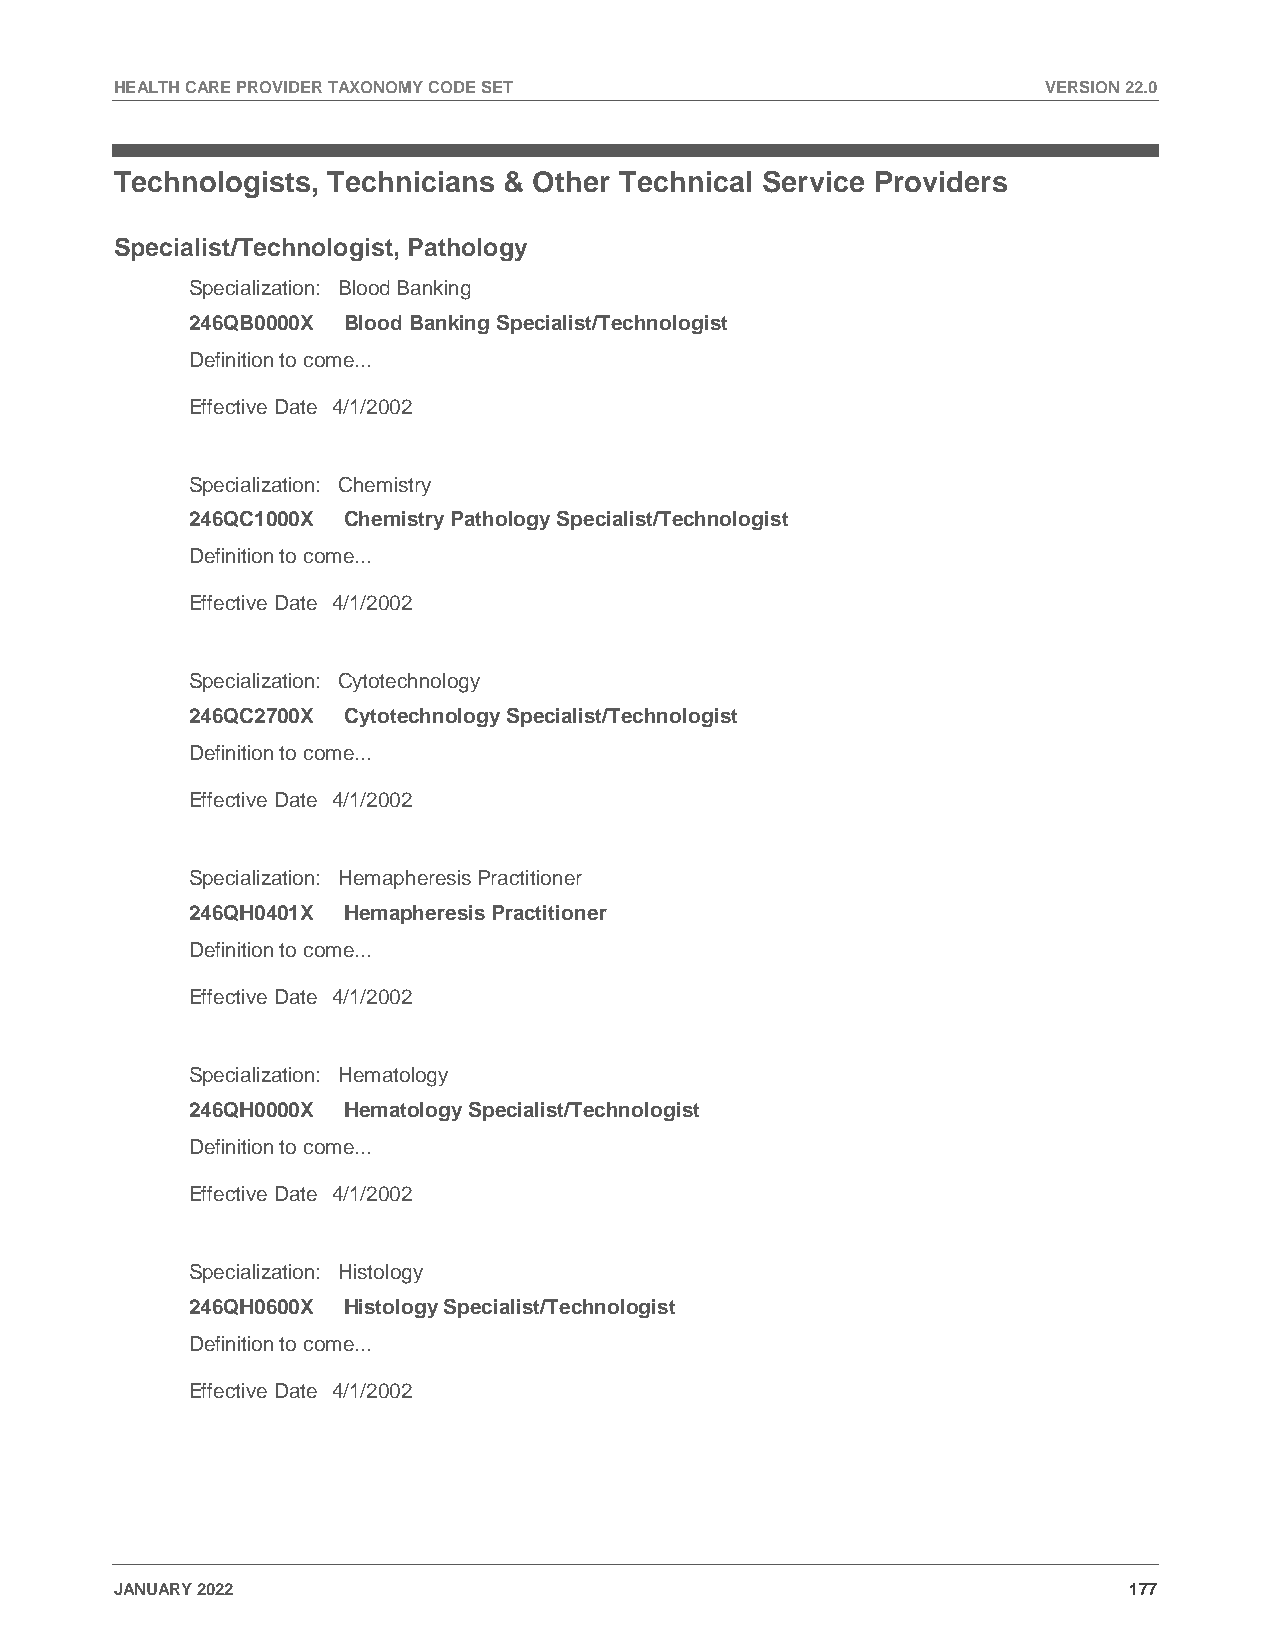
HEALTH CARE PROVIDER TAXONOMY CODE SET                       VERSION 22.0
 Technologists, Technicians & Other Technical Service Providers
 Specialist/Technologist, Pathology
 Specialization: Blood Banking
 246QB0000X Blood Banking Specialist/Technologist
 Definition to come...
 Effective Date 4/1/2002
 Specialization: Chemistry
 246QC1000X Chemistry Pathology Specialist/Technologist
 Definition to come...
 Effective Date 4/1/2002
 Specialization: Cytotechnology
 246QC2700X Cytotechnology Specialist/Technologist
 Definition to come...
 Effective Date 4/1/2002
 Specialization: Hemapheresis Practitioner
 246QH0401X Hemapheresis Practitioner
 Definition to come...
 Effective Date 4/1/2002
 Specialization: Hematology
 246QH0000X Hematology Specialist/Technologist
 Definition to come...
 Effective Date 4/1/2002
 Specialization: Histology
 246QH0600X Histology Specialist/Technologist
 Definition to come...
 Effective Date 4/1/2002
 JANUARY 2022                                                       177